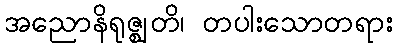
အညောနိရုဇ္ဈတိ၊ တပါးသောတရား